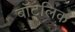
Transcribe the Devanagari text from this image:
बॉटलिक